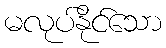
မလုပ်နိုင်သော